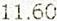
11.60